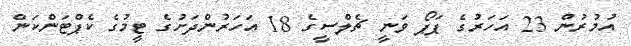
އުމުރުން 23 އަހަރުގެ ޕަޕޯ ވަނީ ޗެލްސީގެ 18 އަހަރުންދަށުގެ ޓީމުގެ ކެޕްޓަންކަން